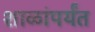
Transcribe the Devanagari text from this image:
शाळांपर्यंत